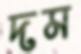
দম